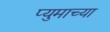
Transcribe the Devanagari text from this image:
प्युमाच्या